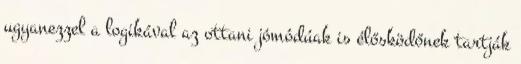
ugyanezzel a logikával az ottani jómódúak is élősködőnek tartják